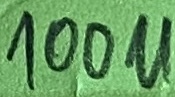
Text: 100µF